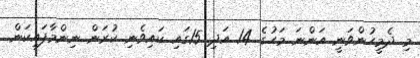
މި ދެމީހުންވަނީ އަންނަ މަހުގެ 14 އަދި 15ގައި ކައިވެނި ކުރަން ނިންމާފައިކަން